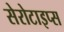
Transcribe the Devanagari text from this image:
सेरोटाइप्स